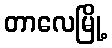
တာလေမြို့